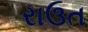
રાઉત